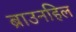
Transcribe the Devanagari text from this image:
ब्राउनहिल